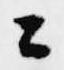
ニ